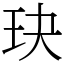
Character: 玦